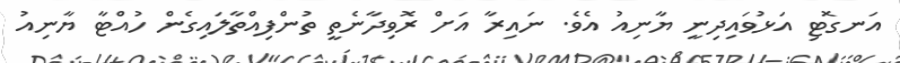
އަނގޮޓި އަޅުވައިދިނީ ޔާނިއު އެވެ. ނައިރާ އަށް ރޮވިދާނެތީ ތުންފިއްތާލައިގެން ހުއްޓާ ޔާނިއު